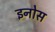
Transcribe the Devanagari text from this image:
इनोस